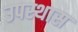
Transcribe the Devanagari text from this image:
उपस्थास